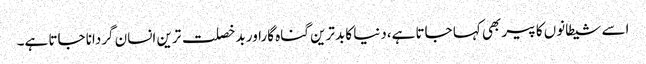
اسے شیطانوں کا پیر بھی کہا جاتا ہے،دنیا کا بدترین گناہ گاراور بدخصلت ترین انسان گردانا جاتا ہے۔